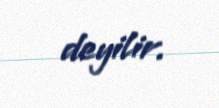
deyilir.